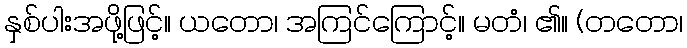
နှစ်ပါးအဖို့ဖြင့်။ ယတော၊ အကြင်ကြောင့်။ မတံ၊ ၏။ (တတော၊